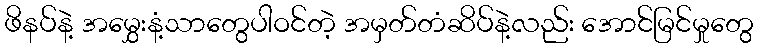
ဖိနပ်နဲ့ အမွှေးနံ့သာတွေပါဝင်တဲ့ အမှတ်တံဆိပ်နဲ့လည်း အောင်မြင်မှုတွေ